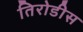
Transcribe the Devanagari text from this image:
तिरोडीस